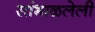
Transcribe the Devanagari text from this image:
सांभाळलेली